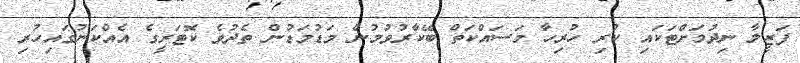
ފަޒީލާ ނިދުމަށްޓަކައި ކުރި ހުރިހާ މަސައްކަތް ބޭކާރުވުމުން މަޑުމަޑުން ތެދުވެ ކޮޓަރީގެ އެއްކަނުގައިހުރި